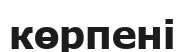
көрпені